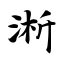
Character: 淅